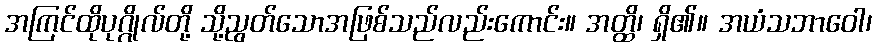
အကြင်ထိုပုဂ္ဂိုလ်တို့ သို့ညွတ်သောအဖြစ်သည်လည်းကောင်း။ အတ္ထိ၊ ရှိ၏။ အယံသဘာဝေါ၊